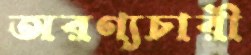
অরণ্যচারী